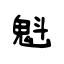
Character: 魁